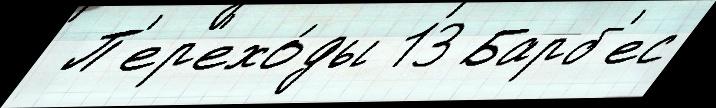
 П'ер'ехо́ды 13 Барб'ес